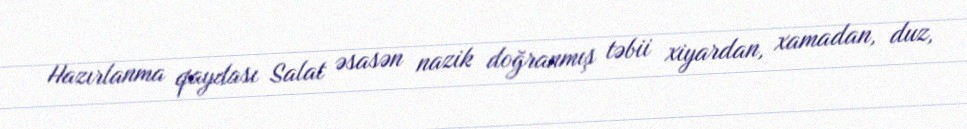
Hazırlanma qaydası Salat əsasən nazik doğranmış təbii xiyardan, xamadan, duz,